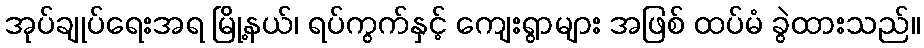
အုပ်ချုပ်ရေးအရ မြို့နယ်၊ ရပ်ကွက်နှင့် ကျေးရွာများ အဖြစ် ထပ်မံ ခွဲထားသည်။